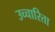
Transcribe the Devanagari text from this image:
उच्चारिता